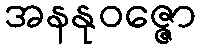
အနနုဝဇ္ဇော